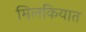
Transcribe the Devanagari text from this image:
मिलकियात